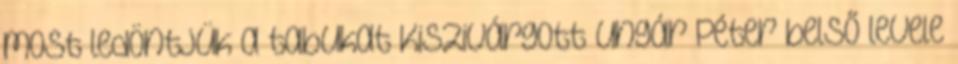
most ledöntjük a tabukat Kiszivárgott Ungár Péter belső levele